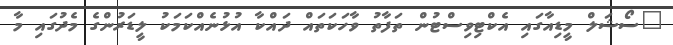
"ސޯޝަލް މީޑިއާގައި އެކްޓިވިސްޓުން ތަފާތު ވާހަކަތައް ދައްކާ އުޅުނެއްކަމަކު ލީޑަރުންގެ މެދުގައި މާ